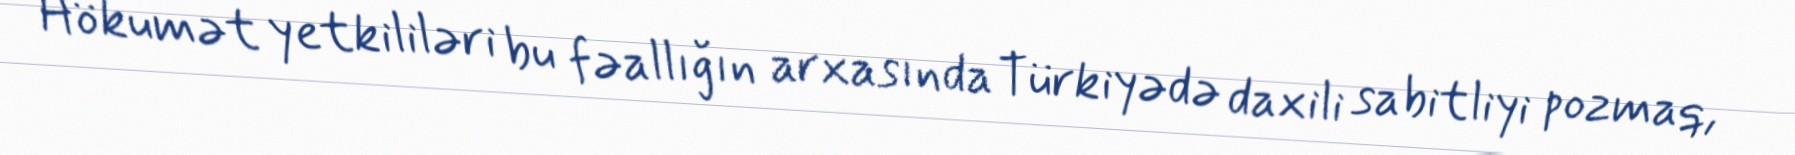
Hökumət yetkililəri bu fəallığın arxasında Türkiyədə daxili sabitliyi pozmaq,